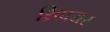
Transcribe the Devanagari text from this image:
थ्रिप्रयर